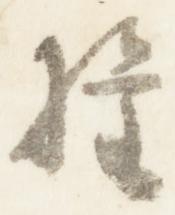
権